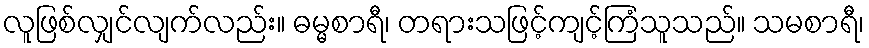
လူဖြစ်လျှင်လျက်လည်း။ ဓမ္မစာရီ၊ တရားသဖြင့်ကျင့်ကြံသူသည်။ သမစာရီ၊